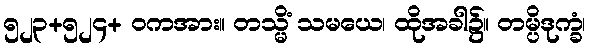
၅၂၃+၅၂၄+ ဝကအား။ တသ္မိံ သမယေ၊ ထိုအခါ၌။ တမ္ပိဒုက္ခံ၊